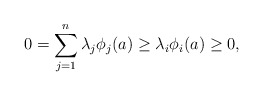
\begin{align*}0 = \sum_{j=1}^n \lambda_j \phi_j(a) \geq \lambda_i \phi_i(a)\geq 0,\end{align*}